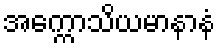
အက္ကောသိယမာနာနံ